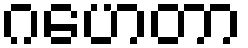
ဂဟေတာ